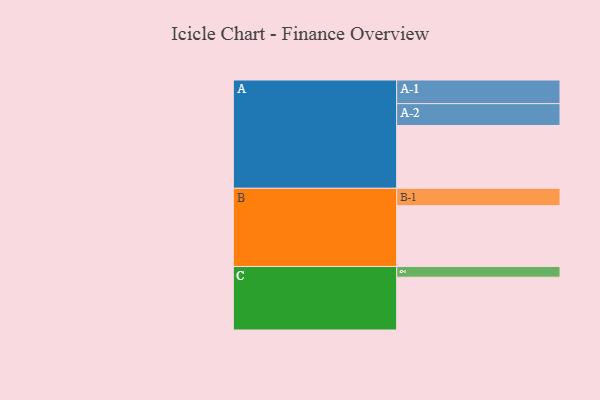
{"axis": {"x": "Segment", "y": "Value"}, "legend": ["", "A", "B", "C"], "data": [{"x": "A", "y": 527, "type": ""}, {"x": "B", "y": 510, "type": ""}, {"x": "C", "y": 443, "type": ""}, {"x": "A-1", "y": 198, "type": "A"}, {"x": "A-2", "y": 184, "type": "A"}, {"x": "B-1", "y": 146, "type": "B"}, {"x": "C-1", "y": 90, "type": "C"}]}